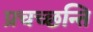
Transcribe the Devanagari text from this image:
प्रचच्छन्ति